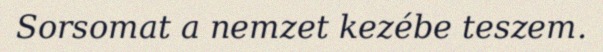
Sorsomat a nemzet kezébe teszem.